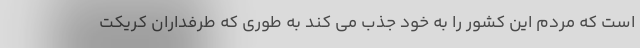
است که مردم این کشور را به خود جذب می کند به طوری که طرفداران کریکت